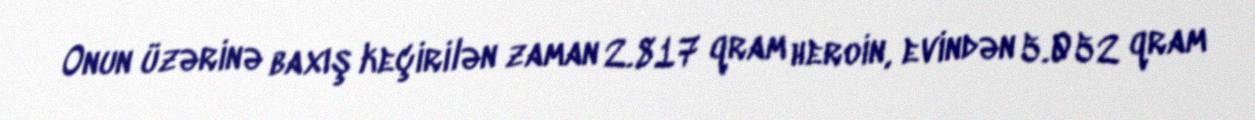
Onun üzərinə baxış keçirilən zaman 2.817 qram heroin, evindən 5.052 qram